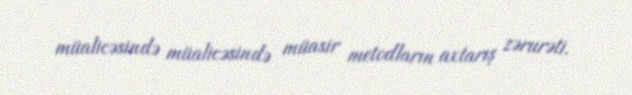
müalicəsində müalicəsində müasir metodların axtarış zərurəti.